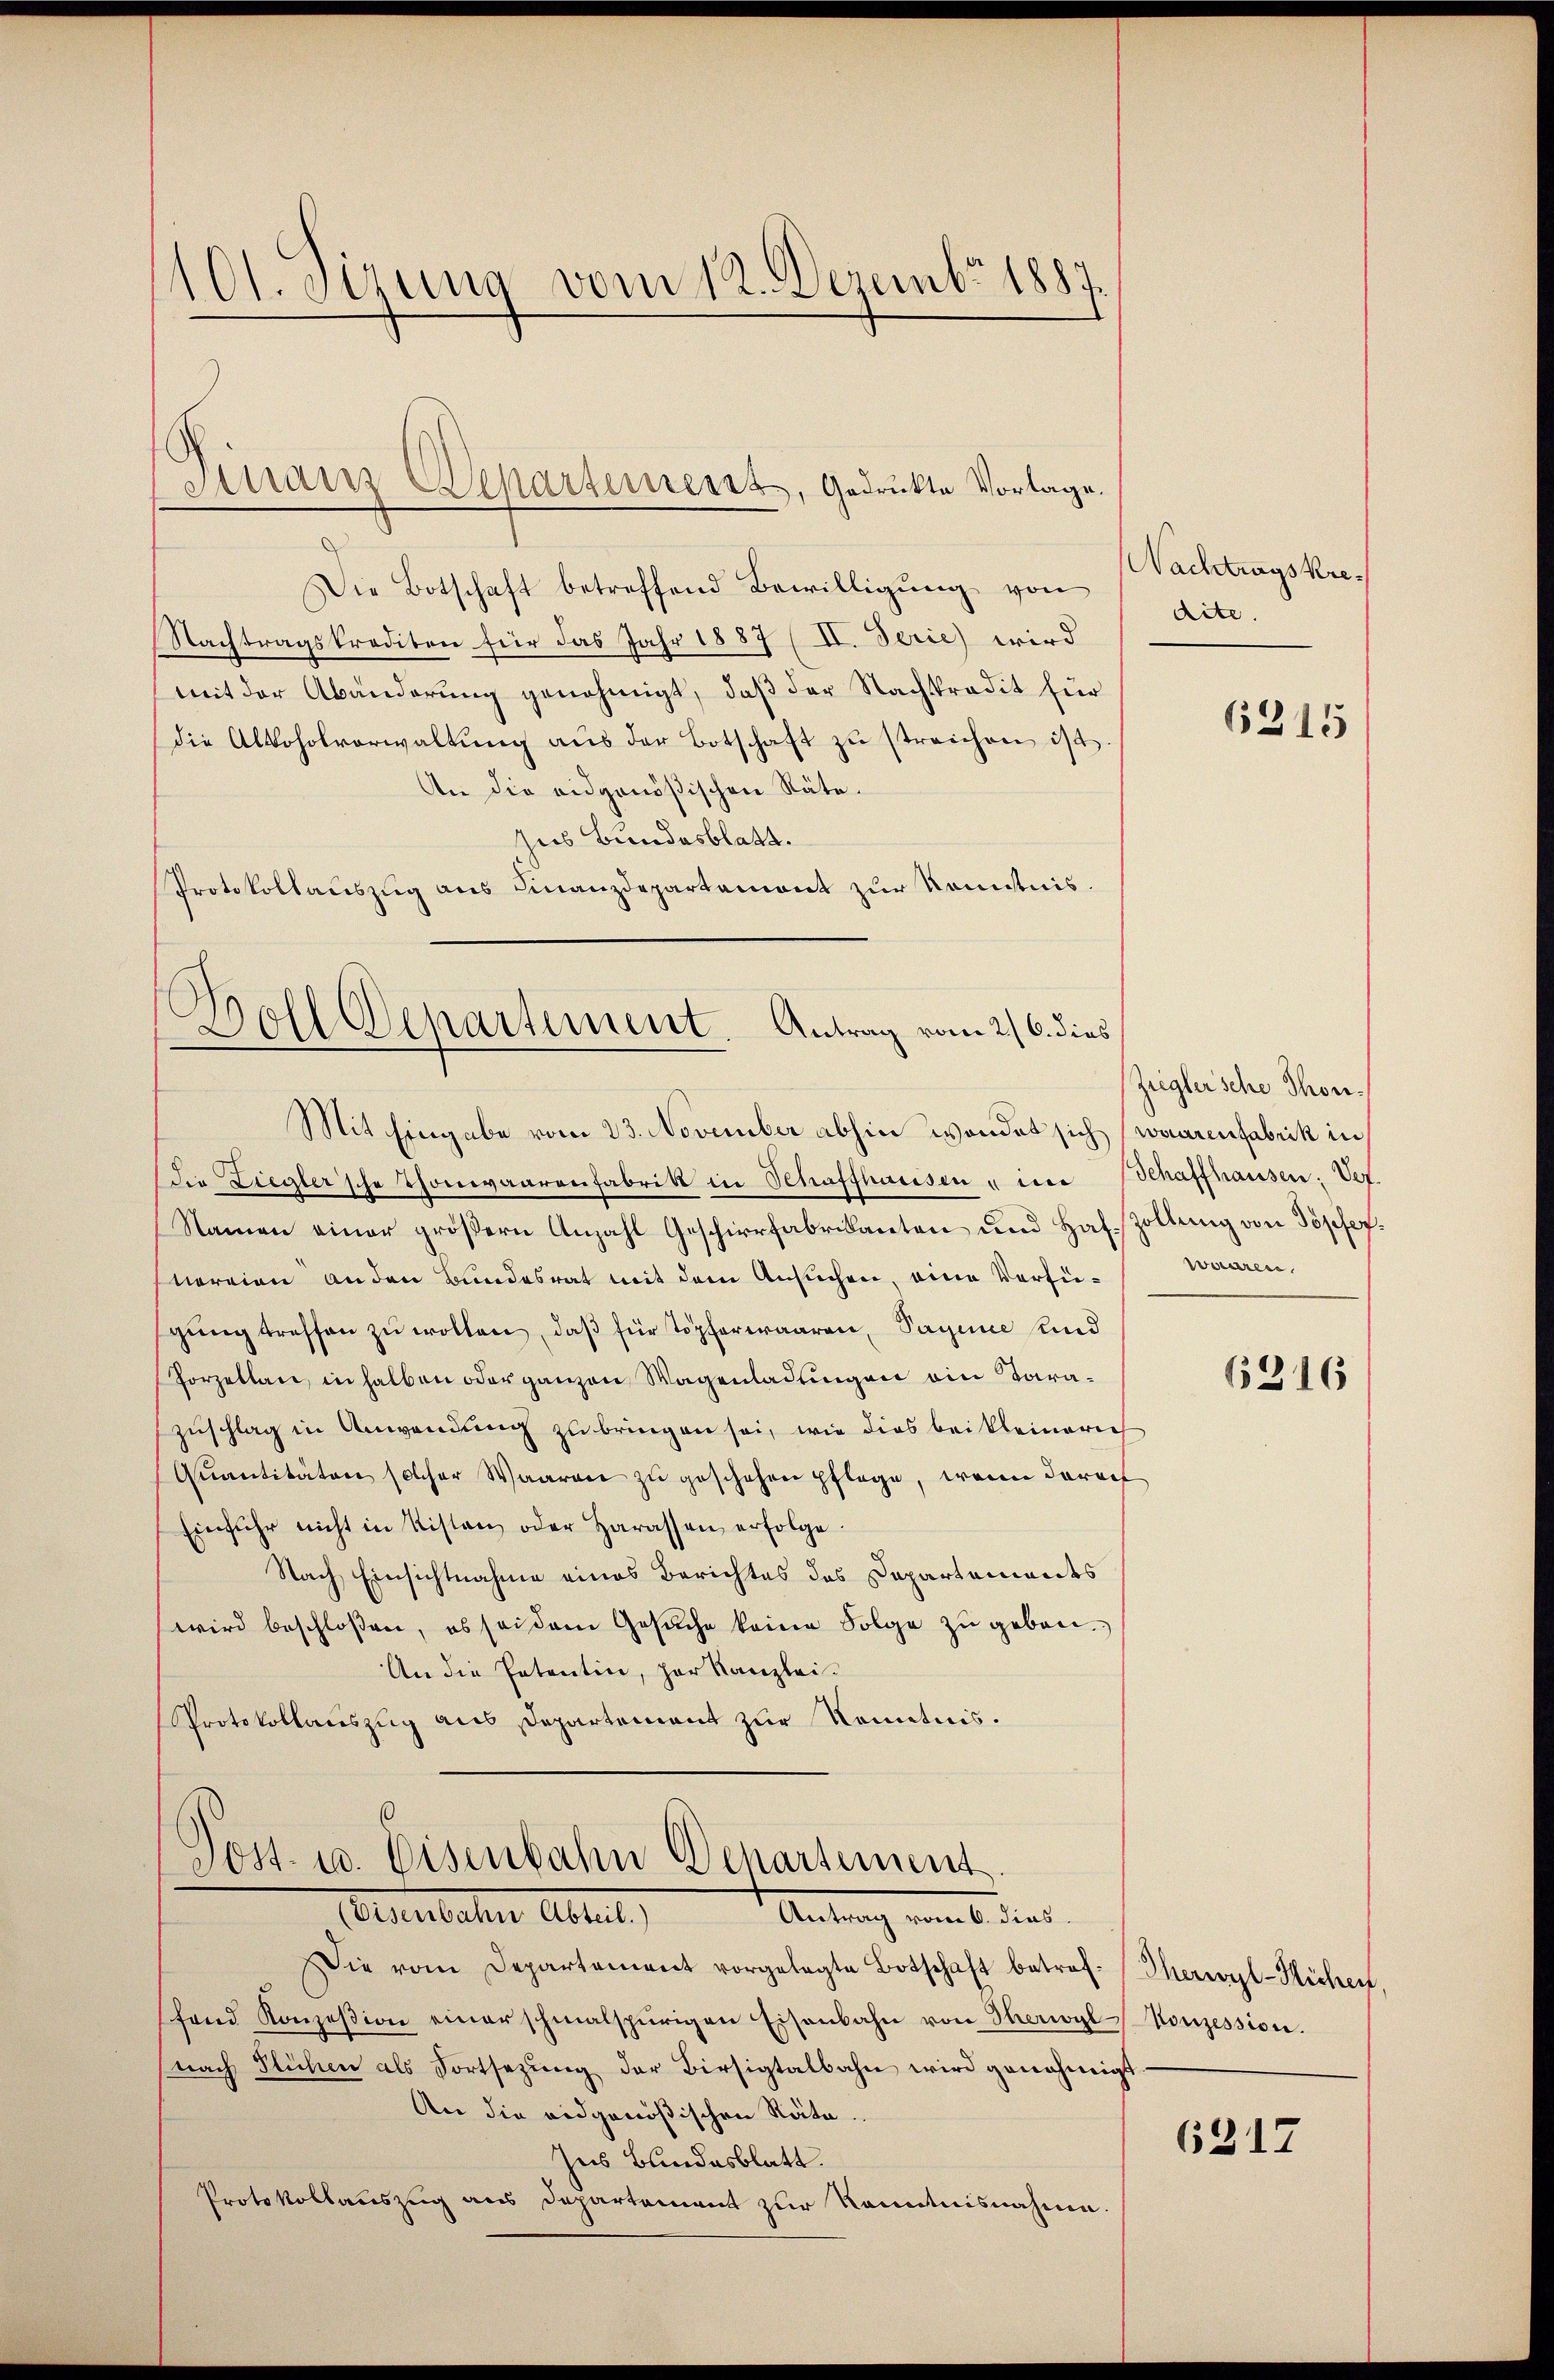
10t. sizung vom 12. Dezember 1887.

Die Botschaft betreffend Bewilligung von
Nachtragskrediten für das Jahr 1887 (II. Serie) wird
mit der Abänderung genehmigt, daß der Nachtradit für
die Alkoholverwaltŭng aŭs der Botschaft zŭ streichen ist.
An die eidgenößischen Räte.
des Bundesblatt.
Protokollauszug aus Finanzdepartemont zur Kenntnis.

Dinair Departement, Gedrückte Vorlage.

r
Doll Departement. Antrag vom 26. dies
Mit Eingabe vom 23. November abhin wendet sich (waarenfabrik in

die Liegler'sche Thonwaarenfabrik in Schaffhausen u im Schaffhausen: Vef.
Namen einer größern Anzahl Geschirrfabrikanten und Haf-Zollung von Töpfernereien anden Bundesrat mit dem Ansuchen, eine Verfügŭng treffen zu wollen, daß für Töpferwaaren, Saginie und
Porzellan, in halben oder ganzen Wagenladungen ein Tarazuschlag in Anwendung zu bringen sei, wie dies bei kleinerich
Quantitäten solcher Waaren zu geschehen pflege, wenn darauf
Einfuhr nicht in Kisten oder Harassen erfolge.
Nach Einsichtnahme eines Berichtes des Departements
wird beschloßen, es sei dem Gesuche keine Folge zu geben.
An die Patentin, par Kanzlei-
Protokollauszug aus Departement zur Kenntnis.

Post- u. Eisenbahn Departement
Verlebeten Abreit,
Antrag vom 6. dies

Die vom Departement vorgelegte Botschaft betrof. Therwyl-Hichen,
fand Konzession einer schmalspurigen Eisenbahn von Therwyl Konzession.
nach Flühen als Fortsezŭng der Birsigtalbahn wird genehmigt.
An die eidgenößischen Räte.
Zus Bundesblatt.
Protokollauszug aus Departement zur Kenntnisnahme.

Nachtrags Kredite.

Ziegleische Thonwaaren.

6217

6315

1316